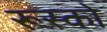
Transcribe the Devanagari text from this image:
रूस्को